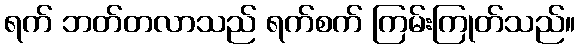
ရက် ဘတ်တလာသည် ရက်စက် ကြမ်းကြုတ်သည်။